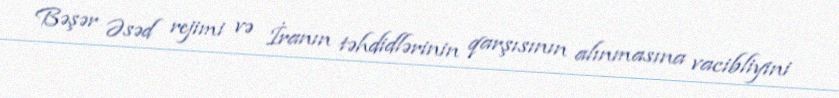
Bəşər Əsəd rejimi və İranın təhdidlərinin qarşısının alınmasına vacibliyini